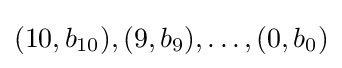
(10,b_{10}),(9,b_{9}),\ldots ,(0,b_{0})